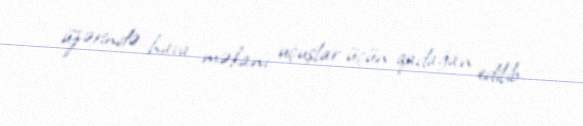
üzərində hava məkanı uçuşlar üçün qadağan edilib.